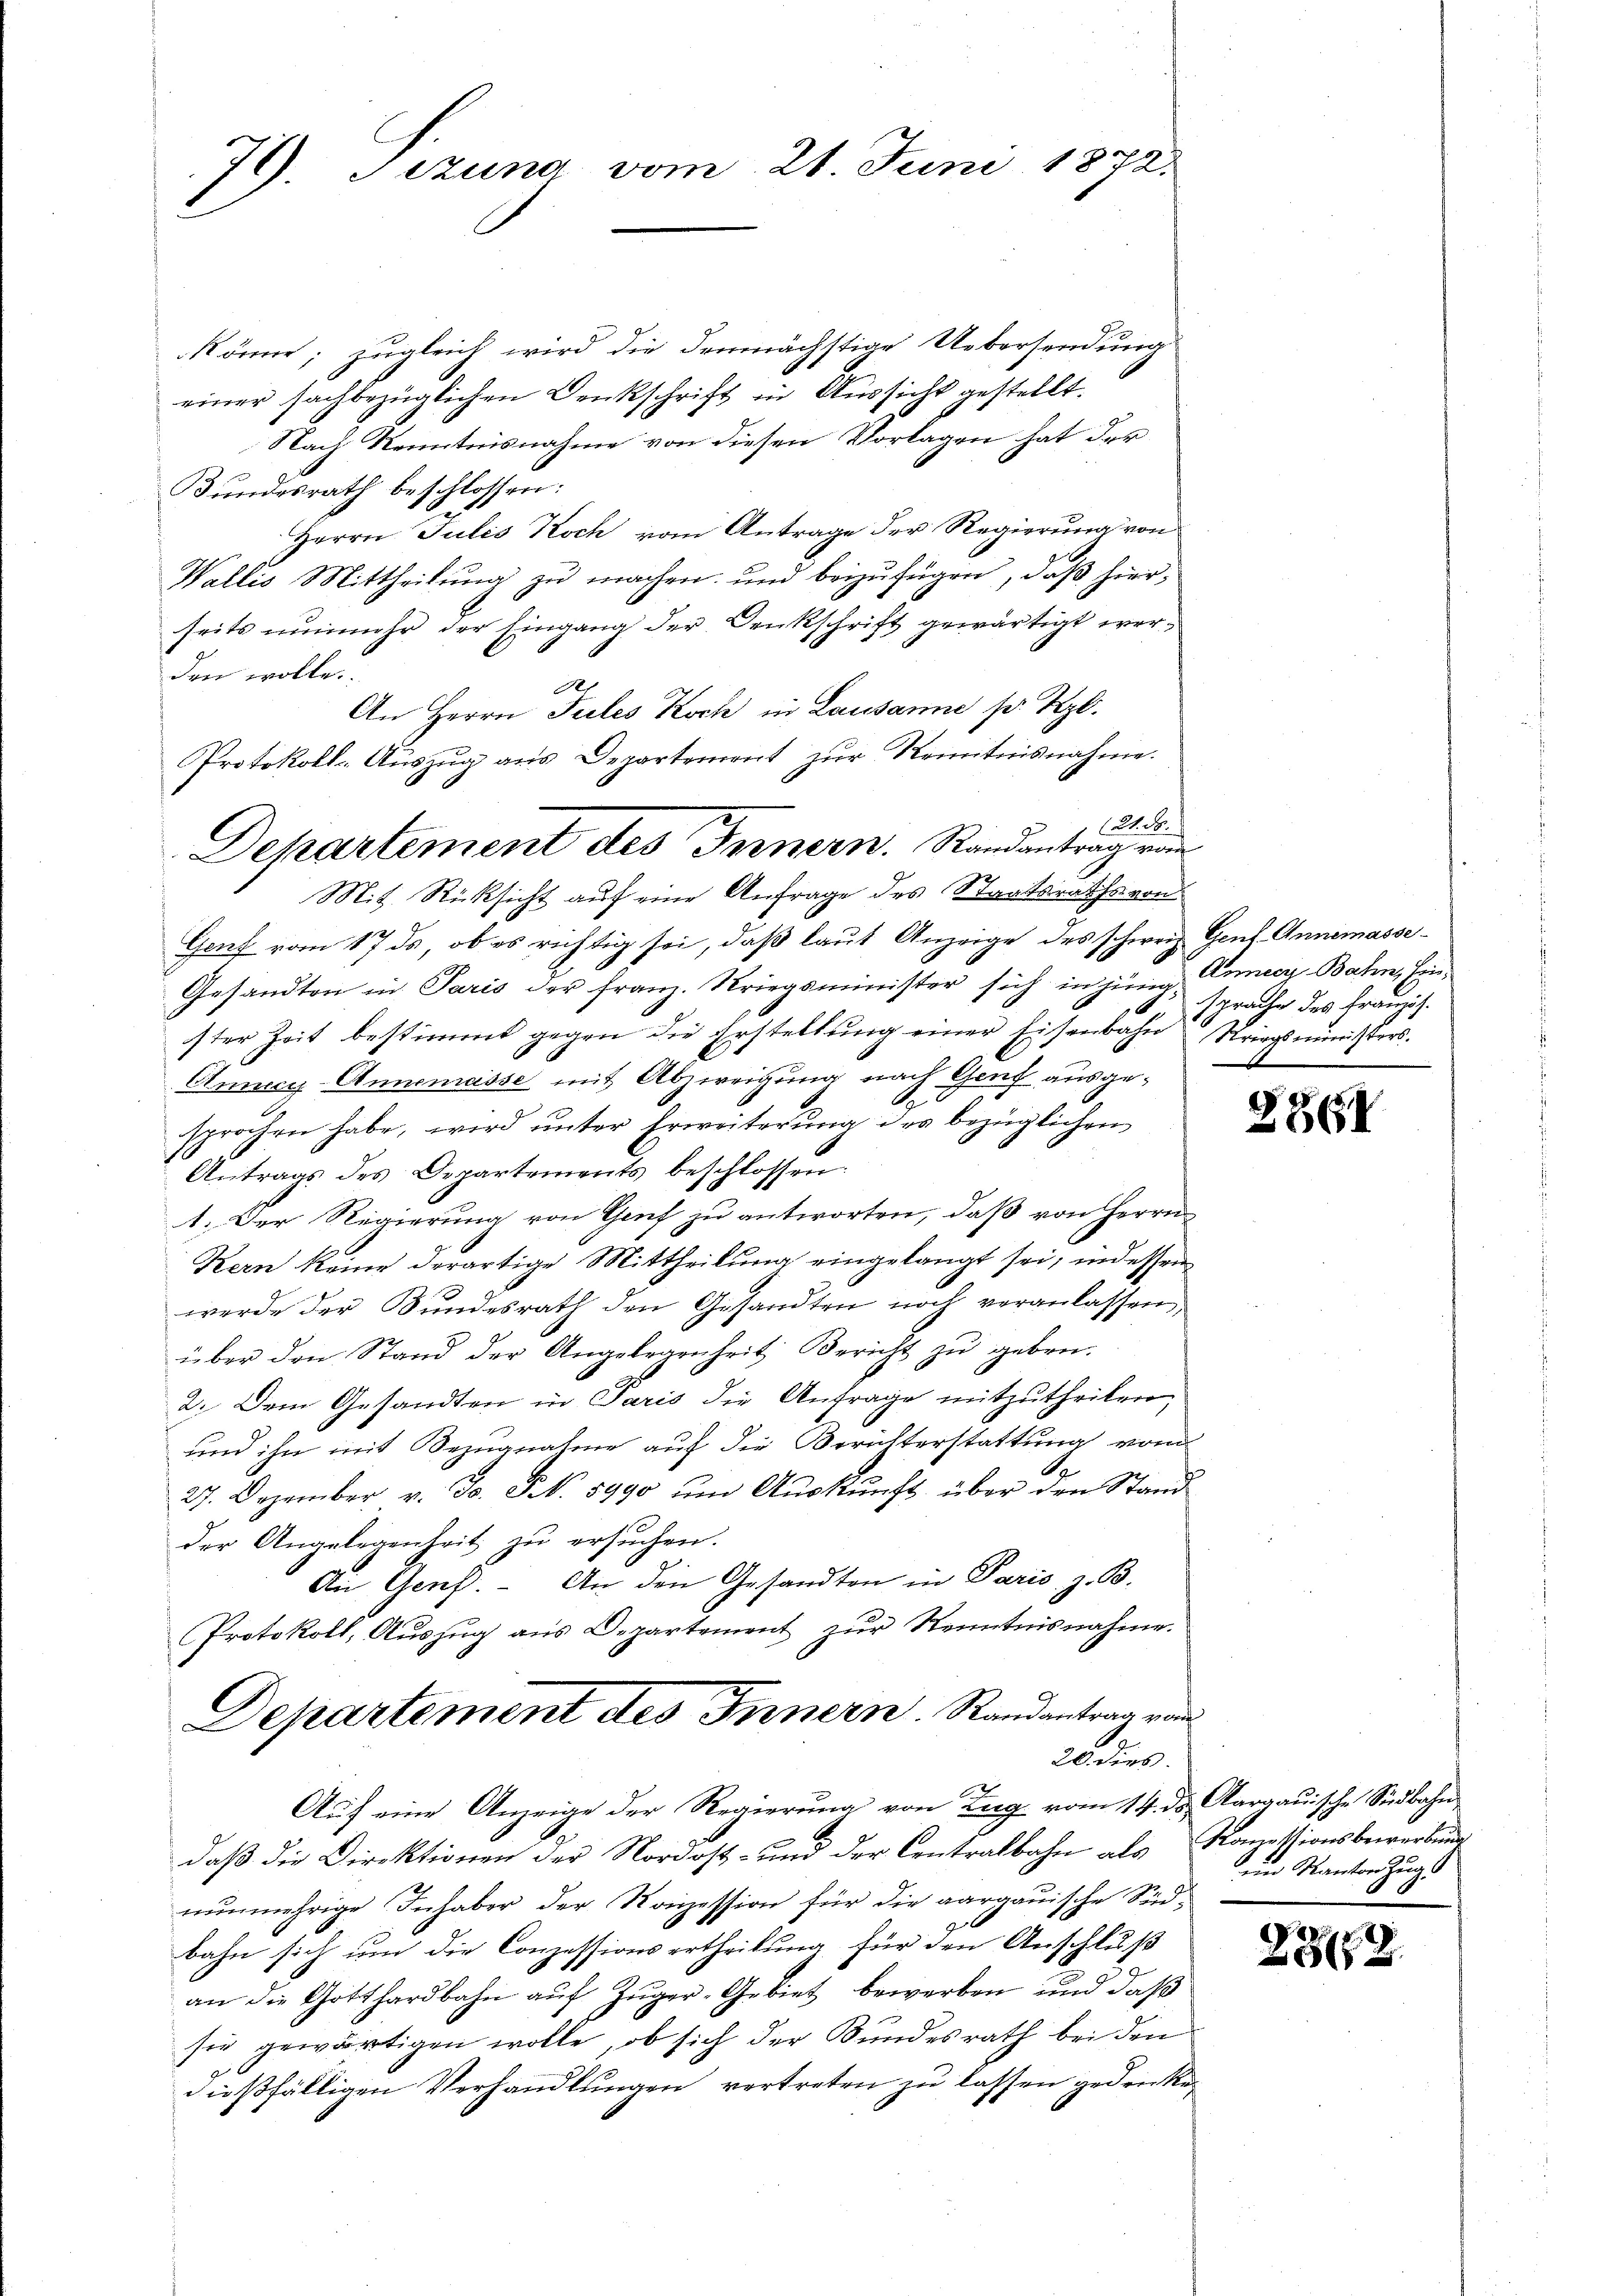
79. Sezuna vom 21. Juni 1872.
1

Protokoll-Aŭszŭg ans Departement zŭr Kenntnisnahme.
Dekartement des Fernern. Randantrag von
Mit Rücksicht auf eine Anfrage des Staatsraths von

könne; zugleich wird die demnächstige Uebersendung
einer sachbezüglichen Denkschrift in Aussicht gestellt.
Nach Kenntnisnahme von diesen Vorlagen hat der
Bundesrath beschlossen:
Herrn Julis Koch vom Antrage der Regierung von
Wallis Mittheilung zu machen, und beizufügen, daß hierseits nunmehr der Eingang der Denkschrift gewärtigt werden wolle.
de
An Herrn Fules Koch in Lausanne so Kzl.
21. d.
Genf vom 17. ds, ob es richtig sei, daß laut Anzeige des schweiz. Genf-Annemasse¬
Gesandten in Paris der Franz. Kriegsminister sich in jüng Enner Bahn, Einster Zeit bestimmt gegen die Erstellung einer Eisenbahn Kriegsministers.
Anncy-Annemasse mit Abzweigung nach Genf ausgesprochen habe, wird ŭnter Erweiterŭng des bezüglichen
Antrags des Departements beschlossen:
1. Der Regierung von Genf zu antworten, daß von Herrn
Kern keine derartige Mittheilung eingelangt sei, indessen
werde der Bundesrath den Gesandten noch veranlassen
über den Stand der Angelegenheit Bericht zu geben.
2. Dem Gesandten in Paris die Anfrage mitzutheilen,
und ihn mit Bezugnahme auf die Berichterstattung vom
27. Dezember v. Js. N. 5990 ŭm Aŭskŭnft über den Stand
der Angelegenheit zu ersuchen.
An Genf. An den Gesandten in Paris, z. B.
Protokoll, Aŭszŭg ans Departement zŭr Kenntnisnahme.
Departement des Innern. Randantrag von
28 dies
Auf eine Anzeige der Regierung von Zug vom 14. ds. Aargauische Südbahn
daß die Direktionen der Nordost- und der Centralbahn als Konzessionsbewerbung
nunmehrige Inhaber der Konzession für die aargauische Südbahn sich um die Conzessions ertheilung für den Anschluß
an die Gotthardbahn auf Züger-Gebiet bewerben und daß
sie gewärtigen wolle, ob sich der Bundesrath bei den
dießfälligen Verhandlungen vertreten zu lassen gedrucke

sprache des Französ.

2864

im Kanton Zug d

e
2